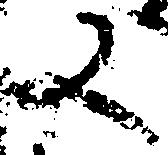
又